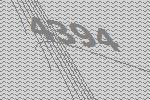
4394